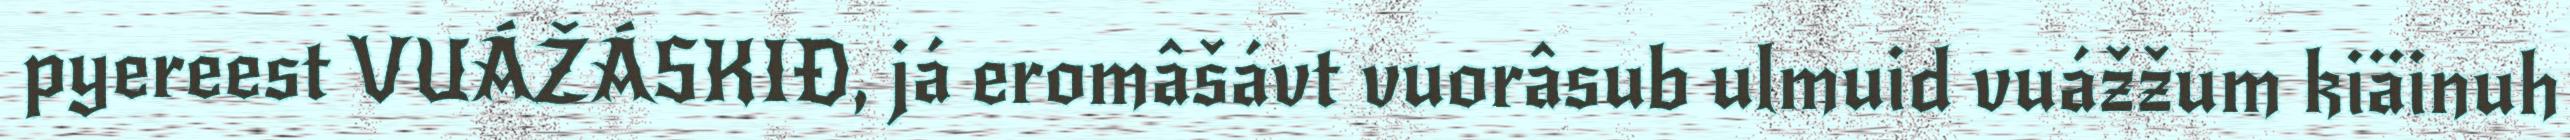
pyereest VUÁŽÁSKIĐ, já eromâšávt vuorâsub ulmuid vuážžum kiäinuh